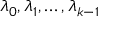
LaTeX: \lambda _ { 0 } , \lambda _ { 1 } , \dots , \lambda _ { k - 1 }